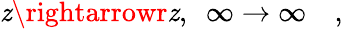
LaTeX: \mathit{z}\rightarrowr\mathit{z},\ \ \infty\rightarrow\infty\quad,